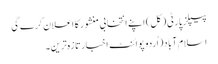
پیپلز پارٹی ( کل) اپنے انتخابی منشور کا اعلان کرے گی
اسلام آباد(اُردو پوائنٹ اخبارتازہ ترین۔